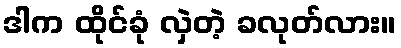
ဒါက ထိုင်ခုံ လှဲတဲ့ ခလုတ်လား။